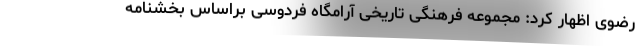
رضوی اظهار کرد: مجموعه فرهنگی تاریخی آرامگاه فردوسی براساس بخشنامه